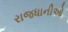
રાજધાનીઓ